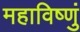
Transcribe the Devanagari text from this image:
महाविष्णुं